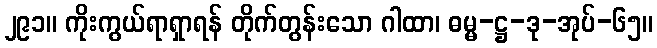
၂၉၁။ ကိုးကွယ်ရာရှာရန် တိုက်တွန်းသော ဂါထာ၊ ဓမ္မ-ဋ္ဌ-ဒု-အုပ်-၆၅။